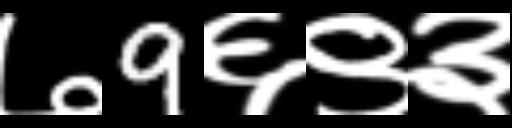
Text: ७9६९३